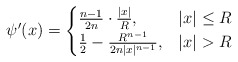
\begin{align*} \psi'(x)= \begin{cases} \frac{n-1}{2n}\cdot\frac{|x|}{R},& |x|\leq R \\ \frac{1}{2}-\frac{R^{n-1}}{2n|x|^{n-1}}, & |x|>R \end{cases}\end{align*}